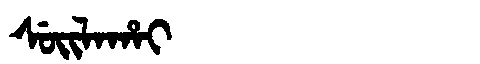
Manchu: ᠰᡠᡳᠯᠠᡥᠠᡳ
Romanization: SUILAHAI